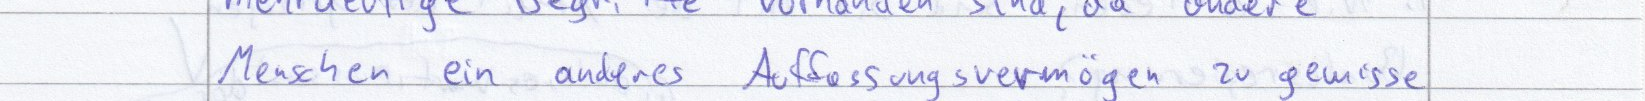
Menschen ein anderes Auffassungsvermögen zu gewisse